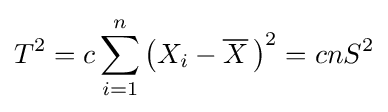
T^{2}=c\sum _{i=1}^{n}\left(X_{i}-{\overline {X}}\,\right)^{2}=cnS^{2}